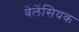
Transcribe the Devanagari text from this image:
वेलेंसियक